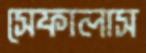
সেফালাস